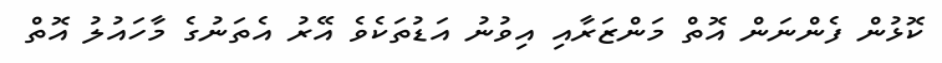
ކޮޅުން ފެންނަން އޮތް މަންޒަރާއި އިވުނު އަޑުތަކެވެ އޭރު އެތަނުގެ މާހައުލު އޮތް